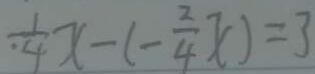
\frac { 1 } { 4 } x - ( - \frac { 2 } { 4 } x ) = 3